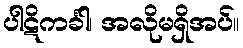
ပါဋိကင်္ခါ၊ အလိုမရှိအပ်။